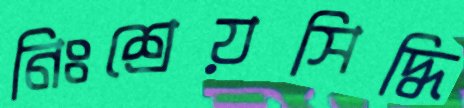
নিঃশ্রেয়সিদ্ধি